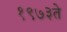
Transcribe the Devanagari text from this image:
१९७३ते